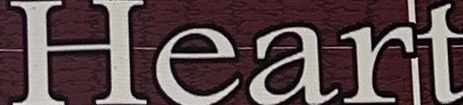
Heart